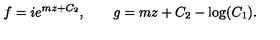
f = i e ^ { m z + C _ { 2 } } , \qquad g = m z + C _ { 2 } - \log ( C _ { 1 } ) .